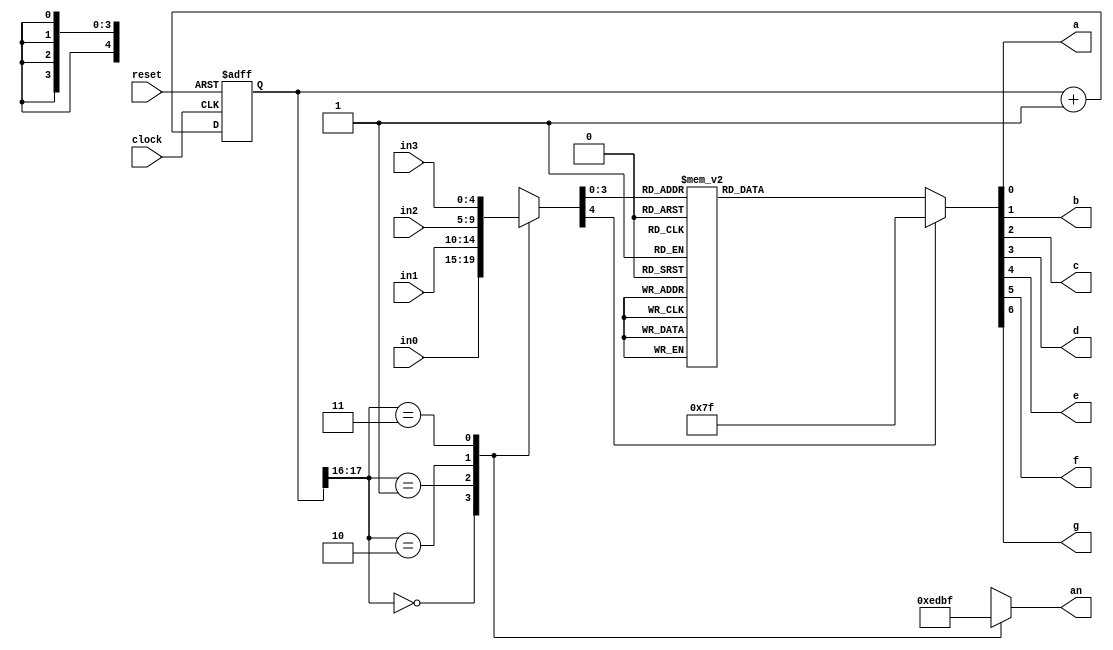
`timescale 1ns / 1ps
//////////////////////////////////////////////////////////////////////////////////
// Company: 
// Engineer: 
// 
// Design Name: 
// Module Name:    SEVEN_SEG 
// Project Name: 
// Target Devices: 
// Tool versions: 
// Description: 
//
// Dependencies: 
//
// Revision: 
// Revision 0.01 - File Created
// Additional Comments: 
//
//////////////////////////////////////////////////////////////////////////////////
module SEVEN_SEG(
   clock,
	reset,
	in0, 
	in1,
	in2,
	in3,  
	a, 
	b, 
	c, 
	d, 
	e, 
	f,
	g, 
	an
);
 
//Input port
input wire clock;
input wire reset;
input wire [4:0] in0;
input wire [4:0] in1;
input wire [4:0] in2;
input wire [4:0] in3;
 
//Output Ports
output wire a;
output wire b;
output wire c;
output wire d;
output wire e;
output wire f;
output wire g;
output wire [3:0] an;


//Others
reg [4:0] sseg; //the 7 bit register to hold the data to output
reg [3:0] an_temp; //register for the 4 bit enable

 
//----------------------CODE -----------------------------------------------
 
 
localparam N = 18;
 
reg [N-1:0]count; //the 18 bit counter which allows us to multiplex at 1000Hz
 
always @ (posedge clock or posedge reset)
 begin
  if (reset)
   count <= 1'b0;
  else
   count <= count + 1'b1;
 end
 
 
always @ (*)

 begin
  case(count[N-1:N-2]) //using only the 2 MSB's of the counter
    
   2'b00 :  //When the 2 MSB's are 00 enable the fourth display
    begin
     sseg = in0;
     an_temp = 4'b1110;
    end
    
   2'b01:  //When the 2 MSB's are 01 enable the third display
    begin
     sseg = in1;
     an_temp = 4'b1101;
    end
    
   2'b10:  //When the 2 MSB's are 10 enable the second display
    begin
     sseg = in2;
     an_temp = 4'b1011;
    end
     
   2'b11:  //When the 2 MSB's are 11 enable the first display
    begin
     sseg = in3;
     an_temp = 4'b1111;
    end
  endcase
 end
 
assign an = an_temp;
 
 
reg [6:0] sseg_temp; // 7 bit register to hold the binary value of each input given
 

// 7-segment encoding
//      0
//     ---
//  5 |   | 1
//     --- <--6
//  4 |   | 2
//     ---
//      3

always @ (*)

		 begin
		  case(sseg)
		  
				5'd0 : sseg_temp = 7'b1000000; //to display 0
				5'd1 : sseg_temp = 7'b1111001; //to display 1
				5'd2 : sseg_temp = 7'b0100100; //to display 2
				5'd3 : sseg_temp = 7'b0110000; //to display 3
				5'd4 : sseg_temp = 7'b0011001; //to display 4
				5'd5 : sseg_temp = 7'b0010010; //to display 5
				5'd6 : sseg_temp = 7'b0000010; //to display 6
				5'd7 : sseg_temp = 7'b1111000; //to display 7
				5'd8 : sseg_temp = 7'b0000000; //to display 8
				5'd9 : sseg_temp = 7'b0010000; //to display 9
				5'd10 : sseg_temp = 7'b0001000; //to display A
				5'd11 : sseg_temp = 7'b0000011; //to display B
				5'd12 : sseg_temp = 7'b1000110; //to display C
				5'd13 : sseg_temp = 7'b0100001; //to display D
				5'd14 : sseg_temp = 7'b0000110; //to display E
				5'd15 : sseg_temp = 7'b0001110; //to display F
				
				default : sseg_temp = 7'b1111111; //dash
				
		  endcase
 end
 
assign {g, f, e, d, c, b, a} = sseg_temp; 

 
endmodule